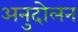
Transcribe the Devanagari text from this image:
अनुदोलन